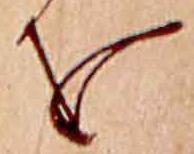
を